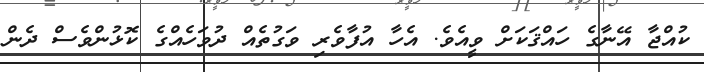
ކުއްޖާ އޭނާގެ ހައްޤަކަށް ވީއެވެ. އެހާ އުފާވެރި ވަގުތެއް ދުވަހެއްގެ ކޮޅުންވެސް ދެން